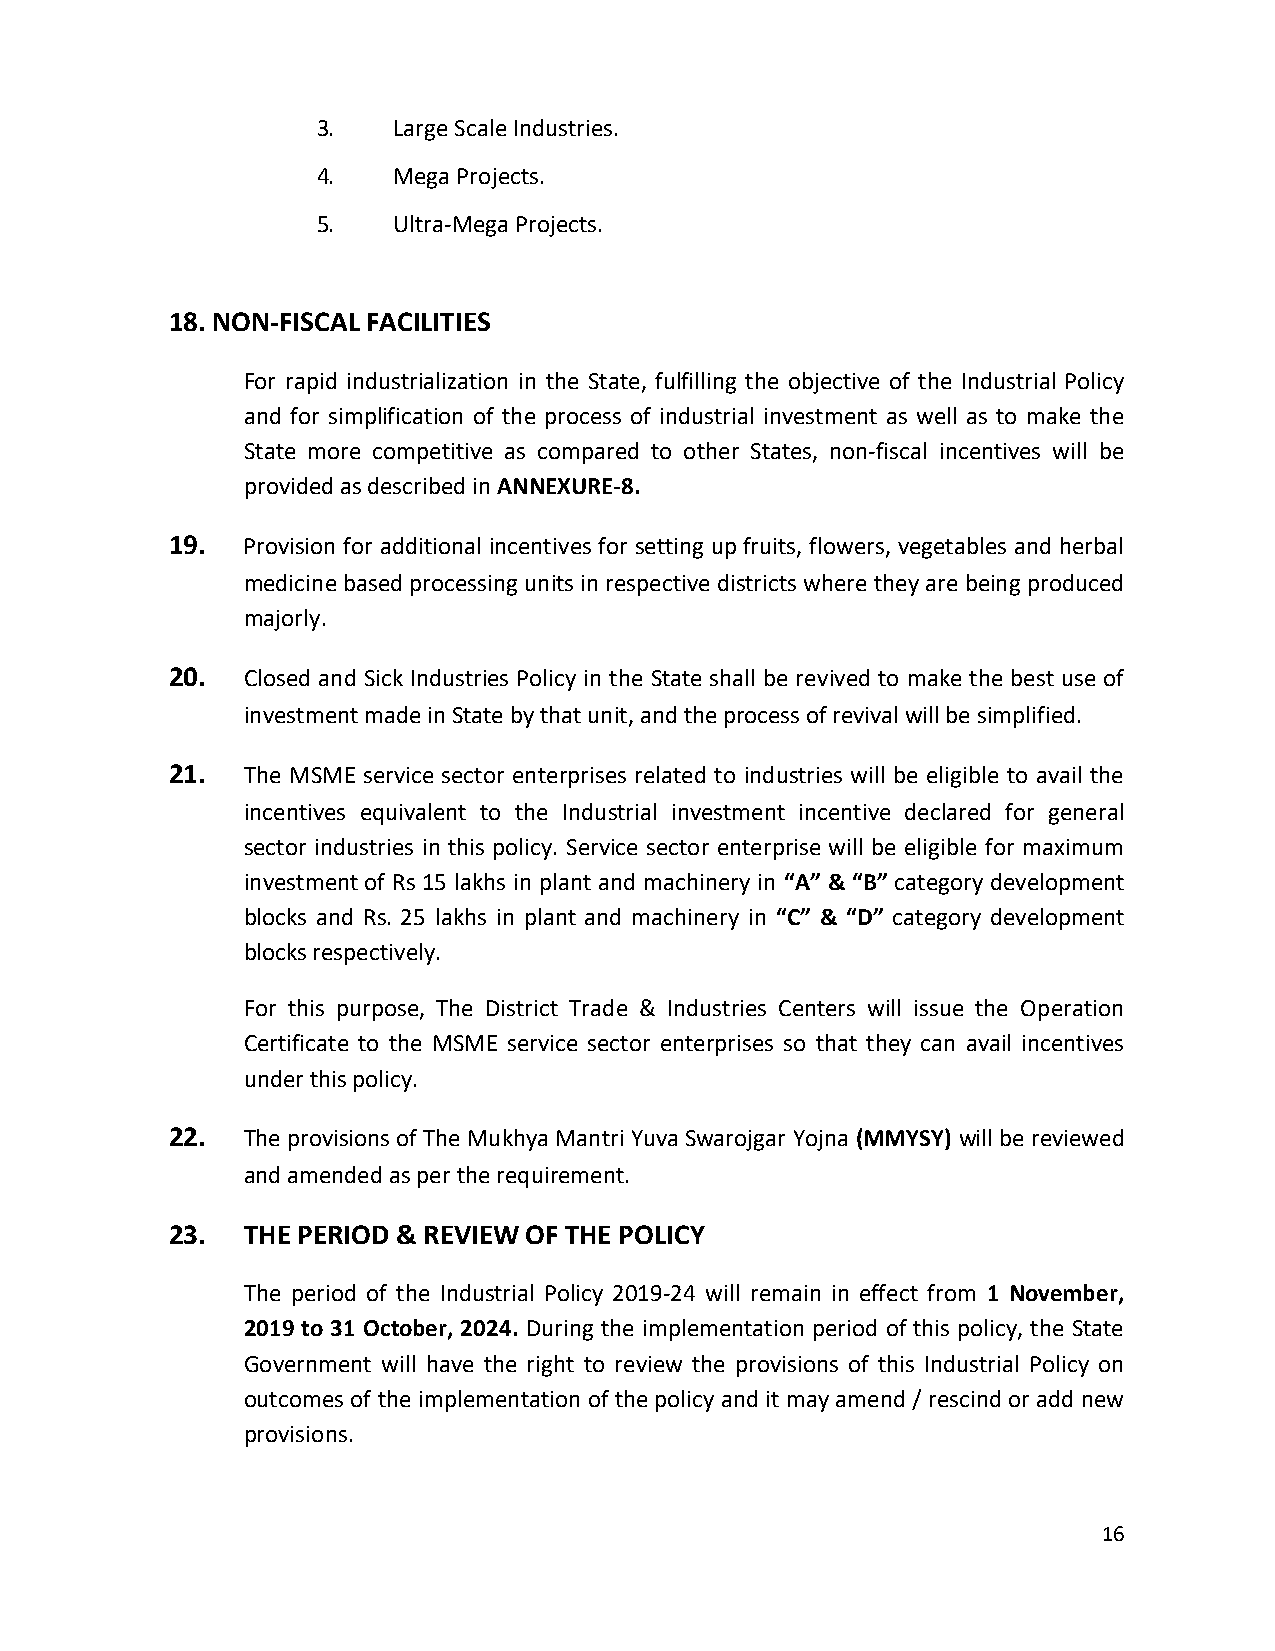
3.   Large Scale Industries.
 4.   Mega Projects.
 5.   Ultra-Mega Projects.
 18. NON-FISCAL FACILITIES
 For rapid industrialization in the State, fulfilling the objective of the Industrial Policy
 and for simplification of the process of industrial investment as well as to make the
 State more competitive as compared to other States, non-fiscal incentives will be
 provided as described in ANNEXURE-8.
 19.  Provision for additional incentives for setting up fruits, flowers, vegetables and herbal
 medicine based processing units in respective districts where they are being produced
 majorly.
 20.  Closed and Sick Industries Policy in the State shall be revived to make the best use of
 investment made in State by that unit, and the process of revival will be simplified.
 21.  The MSME service sector enterprises related to industries will be eligible to avail the
 incentives equivalent to the Industrial investment incentive declared for general
 sector industries in this policy. Service sector enterprise will be eligible for maximum
 investment of Rs 15 lakhs in plant and machinery in “A” & “B” category development
 blocks and Rs. 25 lakhs in plant and machinery in “C” & “D” category development
 blocks respectively.
 For this purpose, The District Trade & Industries Centers will issue the Operation
 Certificate to the MSME service sector enterprises so that they can avail incentives
 under this policy.
 22.  The provisions of The Mukhya Mantri Yuva Swarojgar Yojna (MMYSY) will be reviewed
 and amended as per the requirement.
 23.  THE PERIOD & REVIEW OF THE POLICY
 The period of the Industrial Policy 2019-24 will remain in effect from 1 November,
 2019 to 31 October, 2024. During the implementation period of this policy, the State
 Government will have the right to review the provisions of this Industrial Policy on
 outcomes of the implementation of the policy and it may amend / rescind or add new
 provisions.
 16